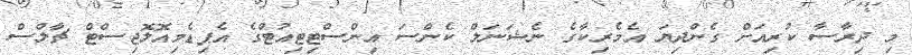
މި ދިރާސާ ކުރިއަށް ގެންދިޔަ އެމެރިކާގެ ނެޝަނަލް ކެންސަ އިންސްޓިޓިއުޓްގެ އެޕިޑެމިއޮލޮޖިސްޓް ޗާލްސް